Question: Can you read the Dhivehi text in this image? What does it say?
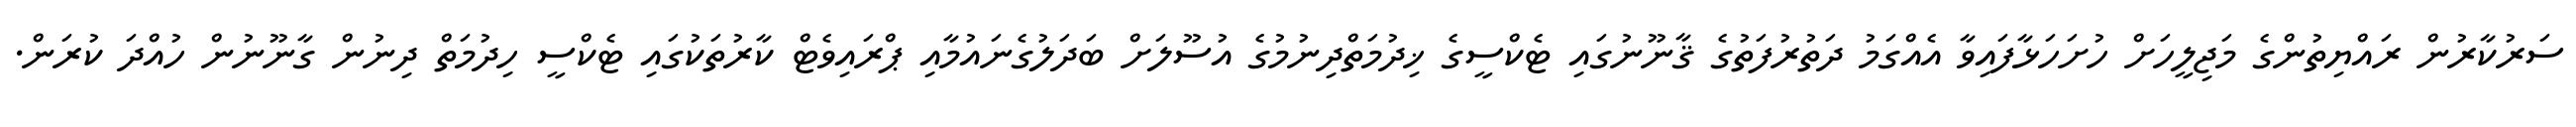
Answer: ސަރުކާރުން ރައްޔިތުންގެ މަޖިލީހަށް ހުށަހަޅާފައިވާ އެއްގަމު ދަތުރުފަތުގެ ޤާނޫނުގައި ޓެކްސީގެ ޚިދުމަތްދިނުމުގެ އުސޫލަށް ބަދަލުގެނައުމާއި ޕްރައިވެޓް ކާރުތަކުގައި ޓެކްސީ ހިދުމަތް ދިނުން ގާނޫނުން ހުއްދަ ކުރަން.